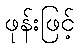
ဖုန်းဖြင့်